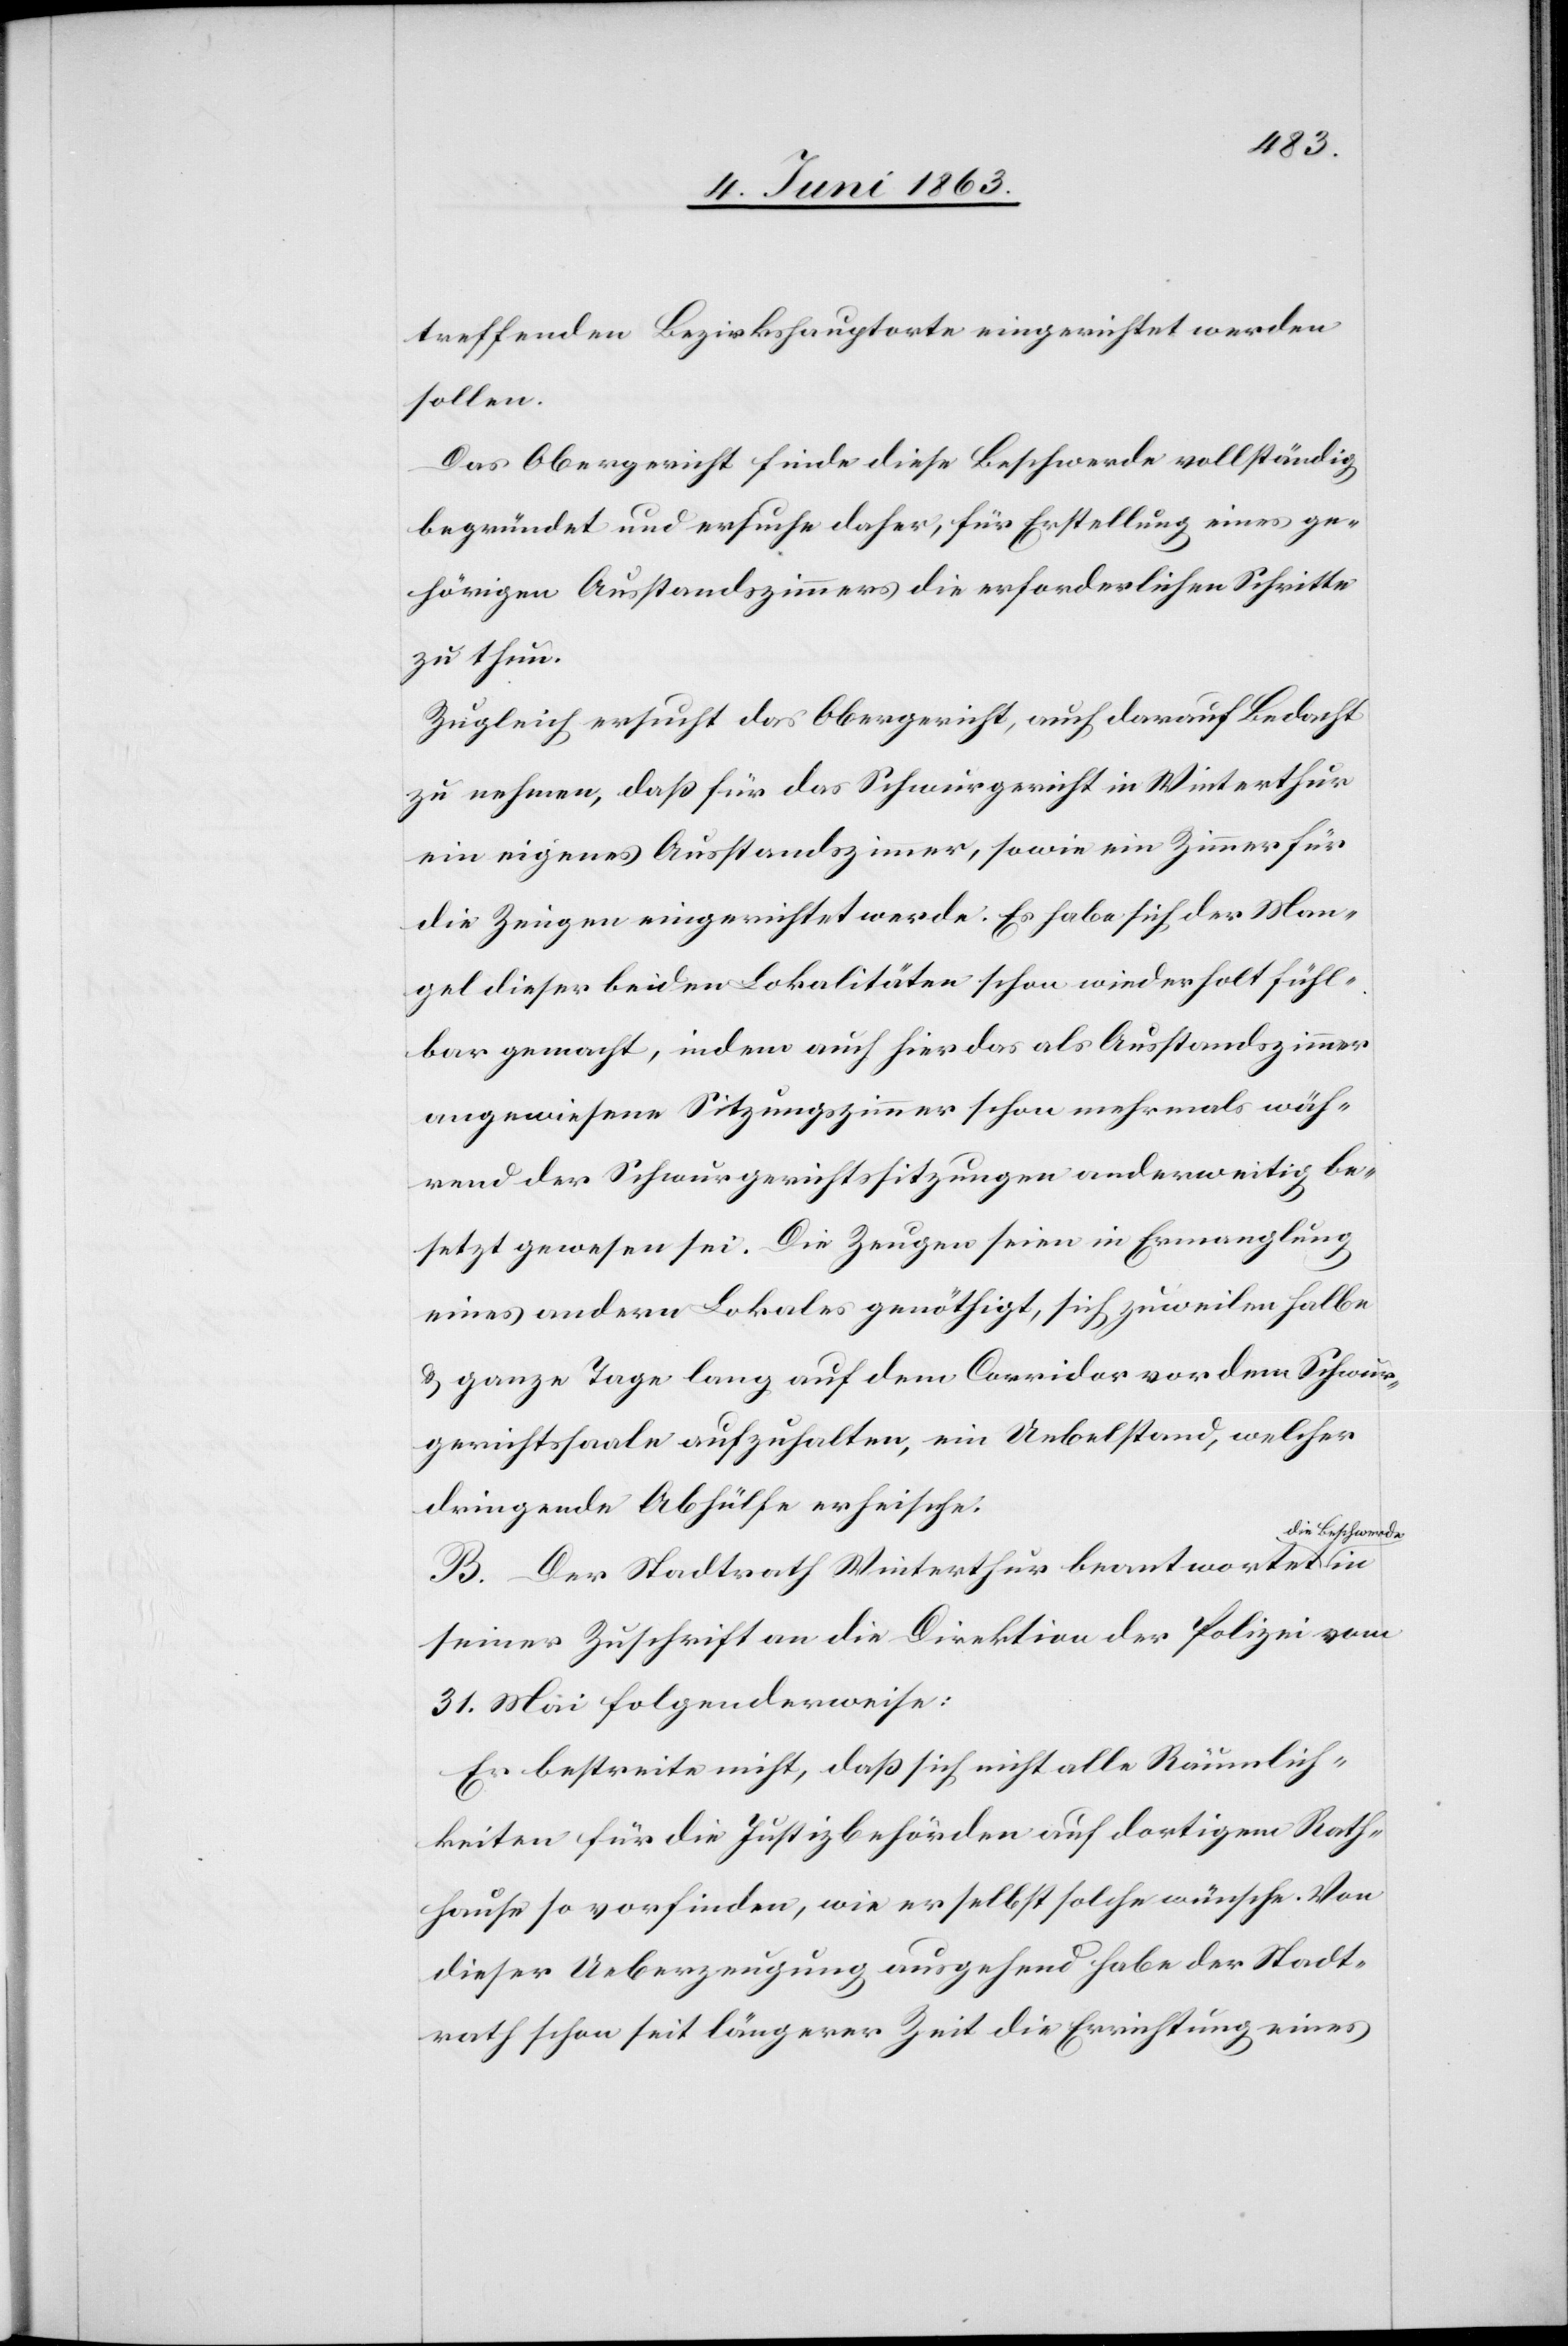
treffenden Bezirkshauptorte eingerichtet werden
sollen.
Das Obergericht finde diese Beschwerde vollständig
begründet und ersuche daher, für Erstellung eines ge¬
hörigen Ausstandszimmers die erforderlichen Schritte
zu thun.
Zugleich ersucht das Obergericht, auch darauf Bedacht
zu nehmen, daß für das Schwurgericht in Winterthur
ein eigenes Ausstandszimmer, sowie ein Zimmer für
die Zeugen eingerichtet werde. Es habe sich der Man¬
gel dieser beiden Lokalitäten schon wiederholt fühl¬
bar gemacht, indem auch hier das als Ausstandszimmer
angewiesene Sitzungszimmer schon mehrmals wäh¬
rend der Schwurgerichtssitzungen anderweitig be¬
setzt gewesen sei. Die Zeugen seien in Ermanglung
eines andern Lokales genöthigt, sich zuweilen halbe
& ganze Tage lang auf dem Corridor vor dem Schwur¬
gerichtssaale aufzuhalten, ein Uebelstand, welcher
dringende Abhülfe erheische.
die Beschwerde
B. Der Stadtrath Winterthur beantwortet
seiner Zuschrift an die Direktion der Polizei vom
31. Mai folgenderweise:
Er bestreite nicht, daß sich nicht alle Räumlich¬
keiten für die Justizbehörden auf dortigem Rath¬
hause so vorfinden, wie er selbst solche wünsche. Von
dieser Ueberzeugung ausgehend habe der Stadt¬
rath schon seit längerer Zeit die Errichtung eines